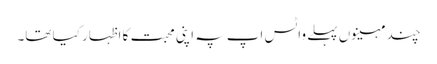
چند مہینوں پہلے واٹس اپ پہ اپنی محبت کا اظہار کیا تھا۔